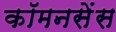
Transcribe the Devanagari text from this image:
कॉमनसेंस